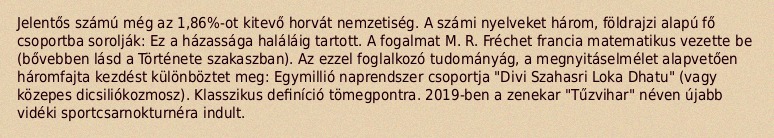
Jelentős számú még az 1,86%-ot kitevő horvát nemzetiség. A számi nyelveket három, földrajzi alapú fő csoportba sorolják: Ez a házassága haláláig tartott. A fogalmat M. R. Fréchet francia matematikus vezette be (bővebben lásd a Története szakaszban). Az ezzel foglalkozó tudományág, a megnyitáselmélet alapvetően háromfajta kezdést különböztet meg: Egymillió naprendszer csoportja "Divi Szahasri Loka Dhatu" (vagy közepes dicsiliókozmosz). Klasszikus definíció tömegpontra. 2019-ben a zenekar "Tűzvihar" néven újabb vidéki sportcsarnokturnéra indult.